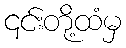
၎င်းတို့ထံမှ